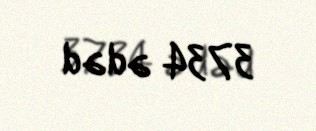
3734 ədəd